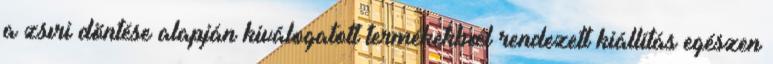
a zsıri döntése alapján kiválogatott termékekbœl rendezett kiállítás egészen